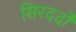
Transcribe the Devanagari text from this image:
सिरदर्दों